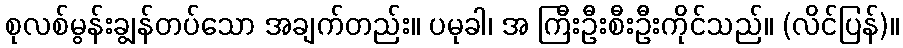
စုလစ်မွန်းချွန်တပ်သော အချက်တည်း။ ပမုခါ၊ အ ကြီးဦးစီးဦးကိုင်သည်။ (လိင်ပြန်)။